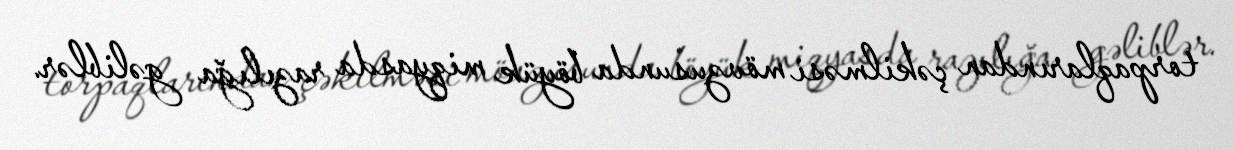
torpaqlarından çəkilməsi mövzusunda böyük miqyasda razılığa gəliblər.